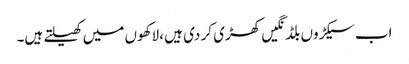
اب سیکڑوں بلڈنگیں کھڑی کر دی ہیں ،لاکھوں میں کھیلتے ہیں۔